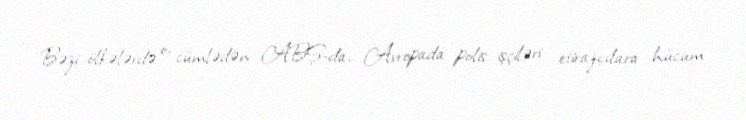
Bəzi ölkələrdə o, cümlədən ABŞ-da, Avropada polis işçiləri etirazçılara hücum